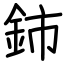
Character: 鈰